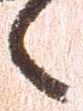
之